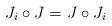
LaTeX: \begin{align*}J_i\circ J = J\circ J_i\end{align*}